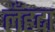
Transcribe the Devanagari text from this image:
लँहदा